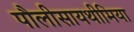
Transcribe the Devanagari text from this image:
पौलीसायथीमिया